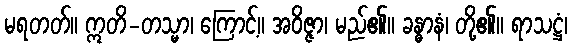
မရတတ်။ ဣတိ-တသ္မာ၊ ကြောင့်။ အဝိဇ္ဇာ၊ မည်၏။ ခန္ဓာနံ၊ တို့၏။ ရာသဋ္ဌံ၊